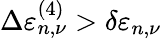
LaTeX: \Delta\varepsilon_{n,\nu}^{(4)}>\delta\varepsilon_{n,\nu}